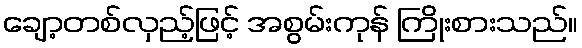
ချော့တစ်လှည့်ဖြင့် အစွမ်းကုန် ကြိုးစားသည်။